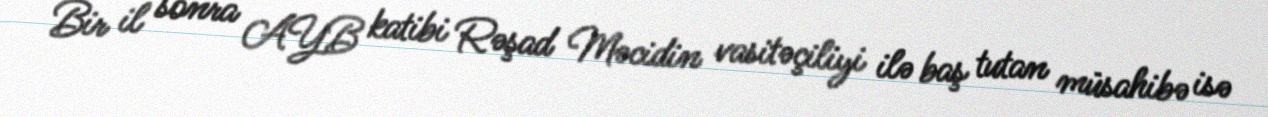
Bir il sonra AYB katibi Rəşad Məcidin vasitəçiliyi ilə baş tutan müsahibə isə